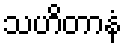
သဟိတာနံ